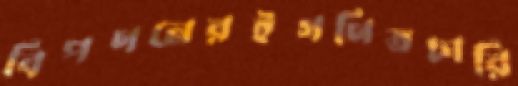
বিপণনেরইগণিতচারি